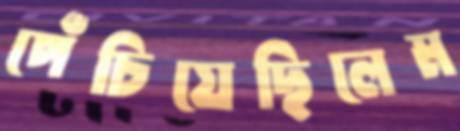
পেঁচিয়েছিলেম